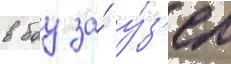
в боу за́ у́з'ел